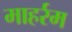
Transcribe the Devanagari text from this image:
माहर्रम